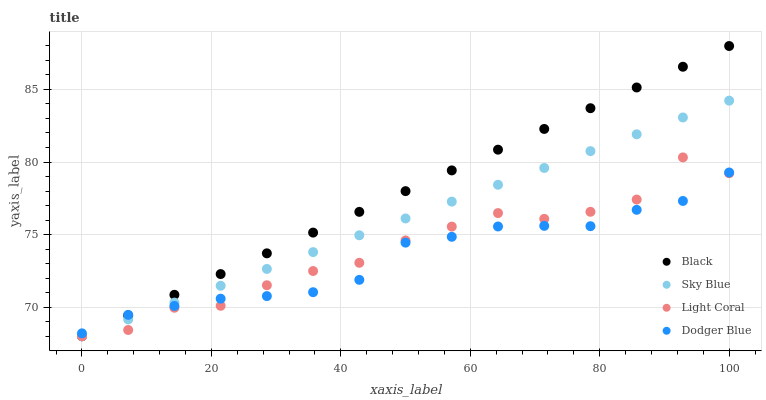
| xaxis_label | Black | Sky Blue | Light Coral | Dodger Blue |
 | --- | --- | --- | --- | --- |
 | 0 | 68 | 68 | 68 | 68.2 |
 | 7.14 | 69.4 | 69.2 | 68.4 | 69.5 |
 | 14.3 | 70.9 | 70.3 | 70 | 70.1 |
 | 21.4 | 72.3 | 71.5 | 70.1 | 70.6 |
 | 28.6 | 73.7 | 72.6 | 71.5 | 70.8 |
 | 35.7 | 75.1 | 73.8 | 72.5 | 71 |
 | 42.9 | 76.6 | 75 | 73.1 | 71.9 |
 | 50 | 78 | 76.1 | 74.6 | 74.4 |
 | 57.1 | 79.4 | 77.3 | 75.6 | 74.8 |
 | 64.3 | 80.9 | 78.4 | 76.5 | 75.6 |
 | 71.4 | 82.3 | 79.6 | 76.1 | 75.6 |
 | 78.6 | 83.7 | 80.8 | 76.6 | 75.6 |
 | 85.7 | 85.1 | 81.9 | 77.4 | 76.7 |
 | 92.9 | 86.6 | 83.1 | 80.3 | 77.3 |
 | 100 | 88 | 84.2 | 79.2 | 79.3 |